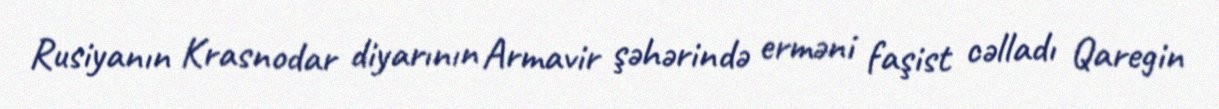
Rusiyanın Krasnodar diyarının Armavir şəhərində erməni faşist cəlladı Qaregin